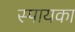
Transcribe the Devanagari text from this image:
स्पायका